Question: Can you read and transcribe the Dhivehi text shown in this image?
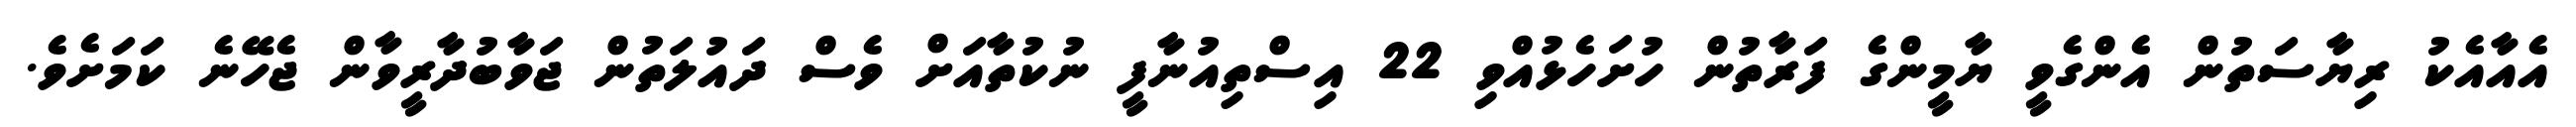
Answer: އެއާއެކު ރިޔާސަތުން އެންގެވީ ޔާމީންގެ ފަރާތުން ހުށަހެޅުއްވި 22 އިސްތިއުނާފީ ނުކުތާއަށް ވެސް ދައުލަތުން ޖަވާބުދާރީވާން ޖެހޭނެ ކަމަށެވެ.